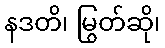
နဒတိ၊ မြွတ်ဆို၊